Vaccination in Bombay 1902-1912 - 1902-1912
Year: 1902
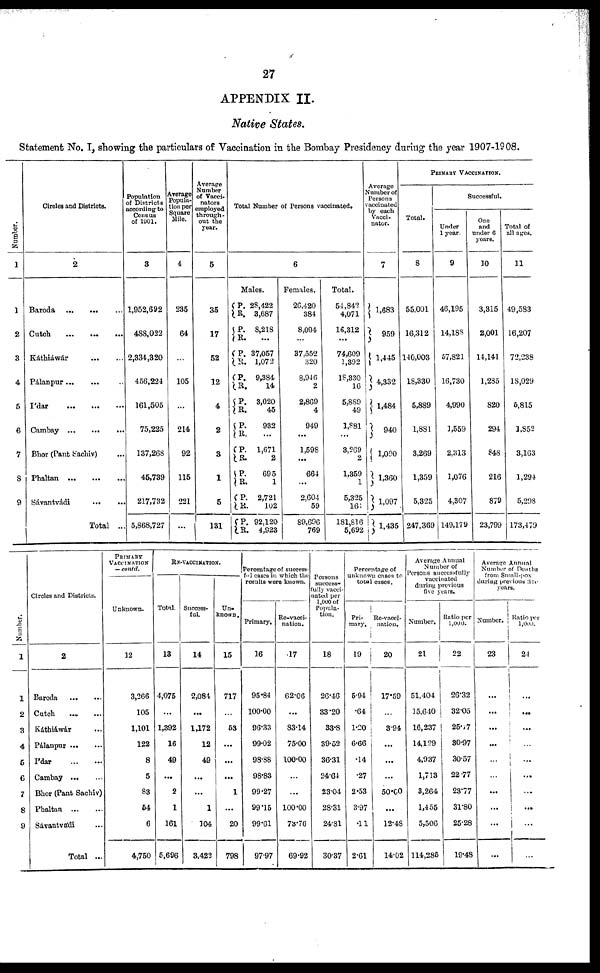
27
APPENDIX II.
Native States.
Statement No. I, showing the particulars of Vaccination in the Bombay Presidency during the year 1907-1908.
Number.
1
1
2
3
4
5
6
7
8
9
Circles and Districts.
2
Baroda
...
...
...
Cutch
...
...
...
Káthiáwár
...
...
Pálanpur
...
...
I'dar
...
...
...
Cambay
...
...
...
Bhor (Pant Sachiv) ...
Phaltan
...
...
...
Sávantvádi ... ...
Total ...
Population
of Districts
according to
Census
of 1901.
3
1,952,692
488,022
2,334,320
456,224
161,505
75,225
137,268
46,739
217,732
5,868,727
Average
Popula-
tion per
Square
Mile.
4
235
64
...
105
...
214
92
115
221
...
Average
Number
of Vacci¬
nators
employed
through-
out the
year.
5
35
17
52
12
4
2
3
1
5
131
Total Number of Persons vaccinated.
6
Males.
P.
R.
P.
R.
P.
R.
P.
R.
P.
R.
P.
R.
P.
R.
P.
R.
P.
R. P.
R.
28,422
3,687
8,218
...
37,057
1,072
9,384
14
3,020
45
932
...
1,671
2
695
1
2,721
102
92,120
4,923
Females.
26,420
384
8,094
...
37,552
320
8,946
2
2,869
4
949
...
1,598
...
664
...
2,604
59
89,696
769
Total.
54,842
4,071
16,312
...
74,609
1,892
18,330
16
5,889
49
1,881
...
3,269
2
1,359
1
5,325
161
181,816
5,692
Average
Number of
Persons
vaccinated
by each
Vacci¬
nator.
7
1,683
959
1,445
4,332
1,484
940
1,090
1,360
1,097
1,435
PRIMARY VACCINATION.
Total.
8
55,001
16,312
140,003
18,330
5,889
1,881
3,269
1,359
5,325
247,369
Successful.
Under
1 year.
9
46,195
14,188
57,821
16,730
4,990
1,559
2,313
1,076
4,307
149,179
One
and
under 6
years.
10
3,315
2,001
14,141
1,285
820
294
848
216
879
23,799
Total of
all ages.
11
49,583
16,207
72,238
18,029
5,815
1,852
3,163
1,294
5,298
173,479
Number.
1
1
2
3
4
5
6
7
8
9
Circles and Districts.
2
Baroda
...
...
Catch ... ...
Káthiáwár ...
Pálanpur
...
...
I'dar
...
...
Cambay
...
...
Bhor (Pant Sachiv)
Phaltan
...
...
Sávantvádi ...
Total ...
PRIMARY
VACCINATION
— contd.
Unknown.
12
3,266
105
1,101
122
8
5
83
54
6
4,750
RE-VACCINATION.
Total.
13
4,075
...
1,392
16
49
...
2
1
161
5,696
Success-
ful.
14
2,084
...
1,172
12
49
...
...
1
104
3,422
Un¬
known.
15
717
...
53
...
...
...
1
...
20
798
Percentage of success-
ful cases in which the
results were known.
Primary.
16
95.84
100.00
96.33
99.02
98.88
98.83
99.27
99.15
99.61
97.97
Re-vacci-
nation.
17
62.06
...
83.14
75.00
100.00
...
...
100.00
73.76
69.92
Persons
success-
fully vacci¬
nated per
1,000 of
Popula-
tion.
18
26.46
33.20
33.8
39.52
36.31
24.64
23.04
28.31
24.81
30.37
Percentage of
unknown cases to
total cases.
Pri-
mary.
19
5.94
.64
1.20
6.66
.14
.27
2.53
3.97
.11
2.61
Re-vacci¬
nation.
20
17.59
...
3.94
...
...
...
50.00
...
12.48
14.02
Average Annual
Number of
Persons successfully
vaccinated
during previous
five years.
Number.
21
51,404
15,640
16,237
14,129
4,937
1,713
3,264
1,455
5,506
114,285
Ratio per
1,000.
22
26.32
32.05
25.17
30.97
30.57
22.77
23.77
31.80
25.28
19.48
Average Annual
Number of Deaths
from Small-pox
during previous five
years.
Number.
23
...
...
...
...
...
...
...
...
...
...
Ratio per
1,000.
24
...
...
...
...
...
...
...
...
...
...